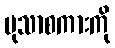
မုသာစကားကို